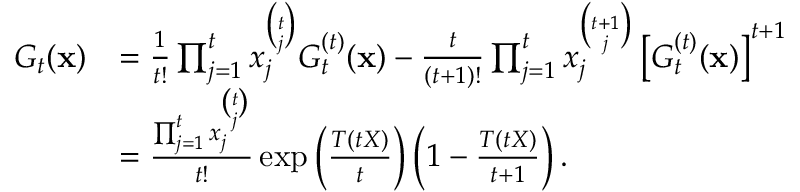
\begin{array} { r l } { G _ { t } ( \mathbf { x } ) } & { = \frac { 1 } { t ! } \prod _ { j = 1 } ^ { t } x _ { j } ^ { \binom { t } { j } } G _ { t } ^ { ( t ) } ( \mathbf { x } ) - \frac t { ( t + 1 ) ! } \prod _ { j = 1 } ^ { t } x _ { j } ^ { \binom { t + 1 } { j } } \left[ G _ { t } ^ { ( t ) } ( \mathbf { x } ) \right] ^ { t + 1 } } \\ & { = \frac { \prod _ { j = 1 } ^ { t } x _ { j } ^ { \binom { t } { j } } } { t ! } \exp \left( \frac { T ( t X ) } { t } \right) \left( 1 - \frac { T ( t X ) } { t + 1 } \right) . } \end{array}